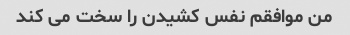
من موافقم نفس کشیدن را سخت می کند